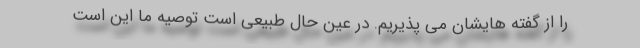
را از گفته هایشان می پذیریم. در عین حال طبیعی است توصیه ما این است